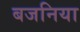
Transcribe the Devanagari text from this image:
बजनिया